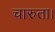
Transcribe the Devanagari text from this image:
चारुता।